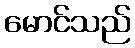
မောင်သည်